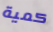
كمية